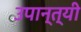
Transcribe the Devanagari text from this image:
उपान्त्यी